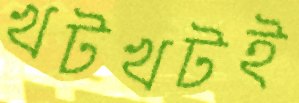
খটখটই